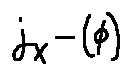
j _ { X } - ( \phi )